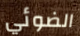
الضوئي